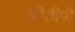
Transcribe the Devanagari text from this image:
डीडीपी